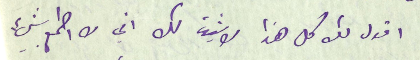
اقول لك كل هذا لاثبت لك اني لا اطمع بشيء